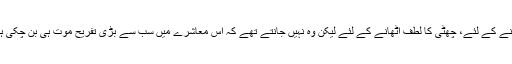
ہنسنے کے لئے، چھٹی کا لطف اٹھانے کے لئے لیکن وہ نہیں جانتے تھے کہ اس معاشرے میں سب سے بڑی تفریح موت ہی بن چکی ہے۔